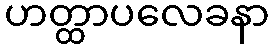
ဟတ္ထာပလေခနာ